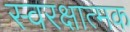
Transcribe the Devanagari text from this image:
स्वरक्षात्मक